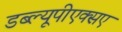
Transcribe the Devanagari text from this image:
डब्ल्यूपीएक्सए